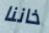
خاننا